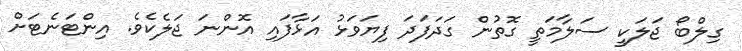
ގިލްބޯ ޖަލަކީ ސަލާމަތީ ގޮތުން ގަދަފަދަ ފިޔަވަޅު އަޅާފައި އޮންނަ ޖަލެކެވެ. އިންޓަނެޓަށް